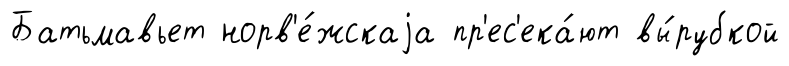
Батьмавьет норв'е́жскаjа пр'ес'ека́ют вы́рубкой